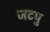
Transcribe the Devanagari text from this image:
जटपु